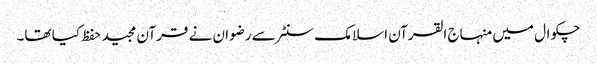
چکوال میں منہاج القرآن اسلامک سنٹر سے رضوان نے قرآن مجید حفظ کیا تھا۔